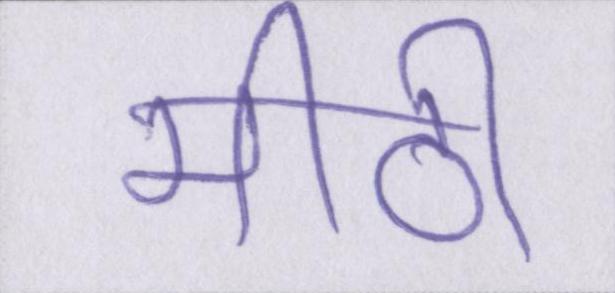
मीठी